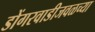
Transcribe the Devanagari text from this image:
डोंगरवाडीजवळच्या